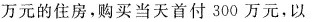
万元的住房，购买当天首付300万元，以